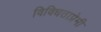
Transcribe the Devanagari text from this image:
विविधताप्रेमी